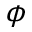
\phi